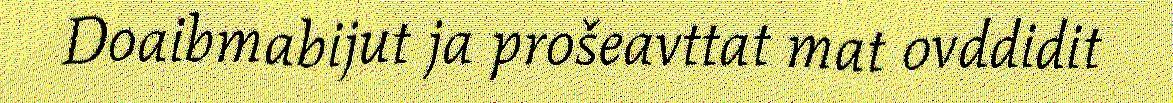
Doaibmabijut ja prošeavttat mat ovddidit